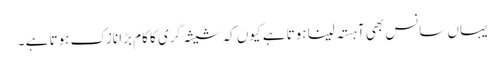
یہاں سانس بھی آہستہ لینا ہوتا ہے کیوں کہ شیشہ گری کا کام بڑا نازک ہوتا ہے ۔